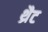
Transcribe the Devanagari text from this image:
थ्रैट